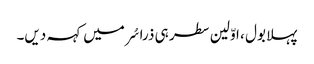
پہلا بول ، اوّلین سطر ہی ذرا سُر میں کہہ دیں۔